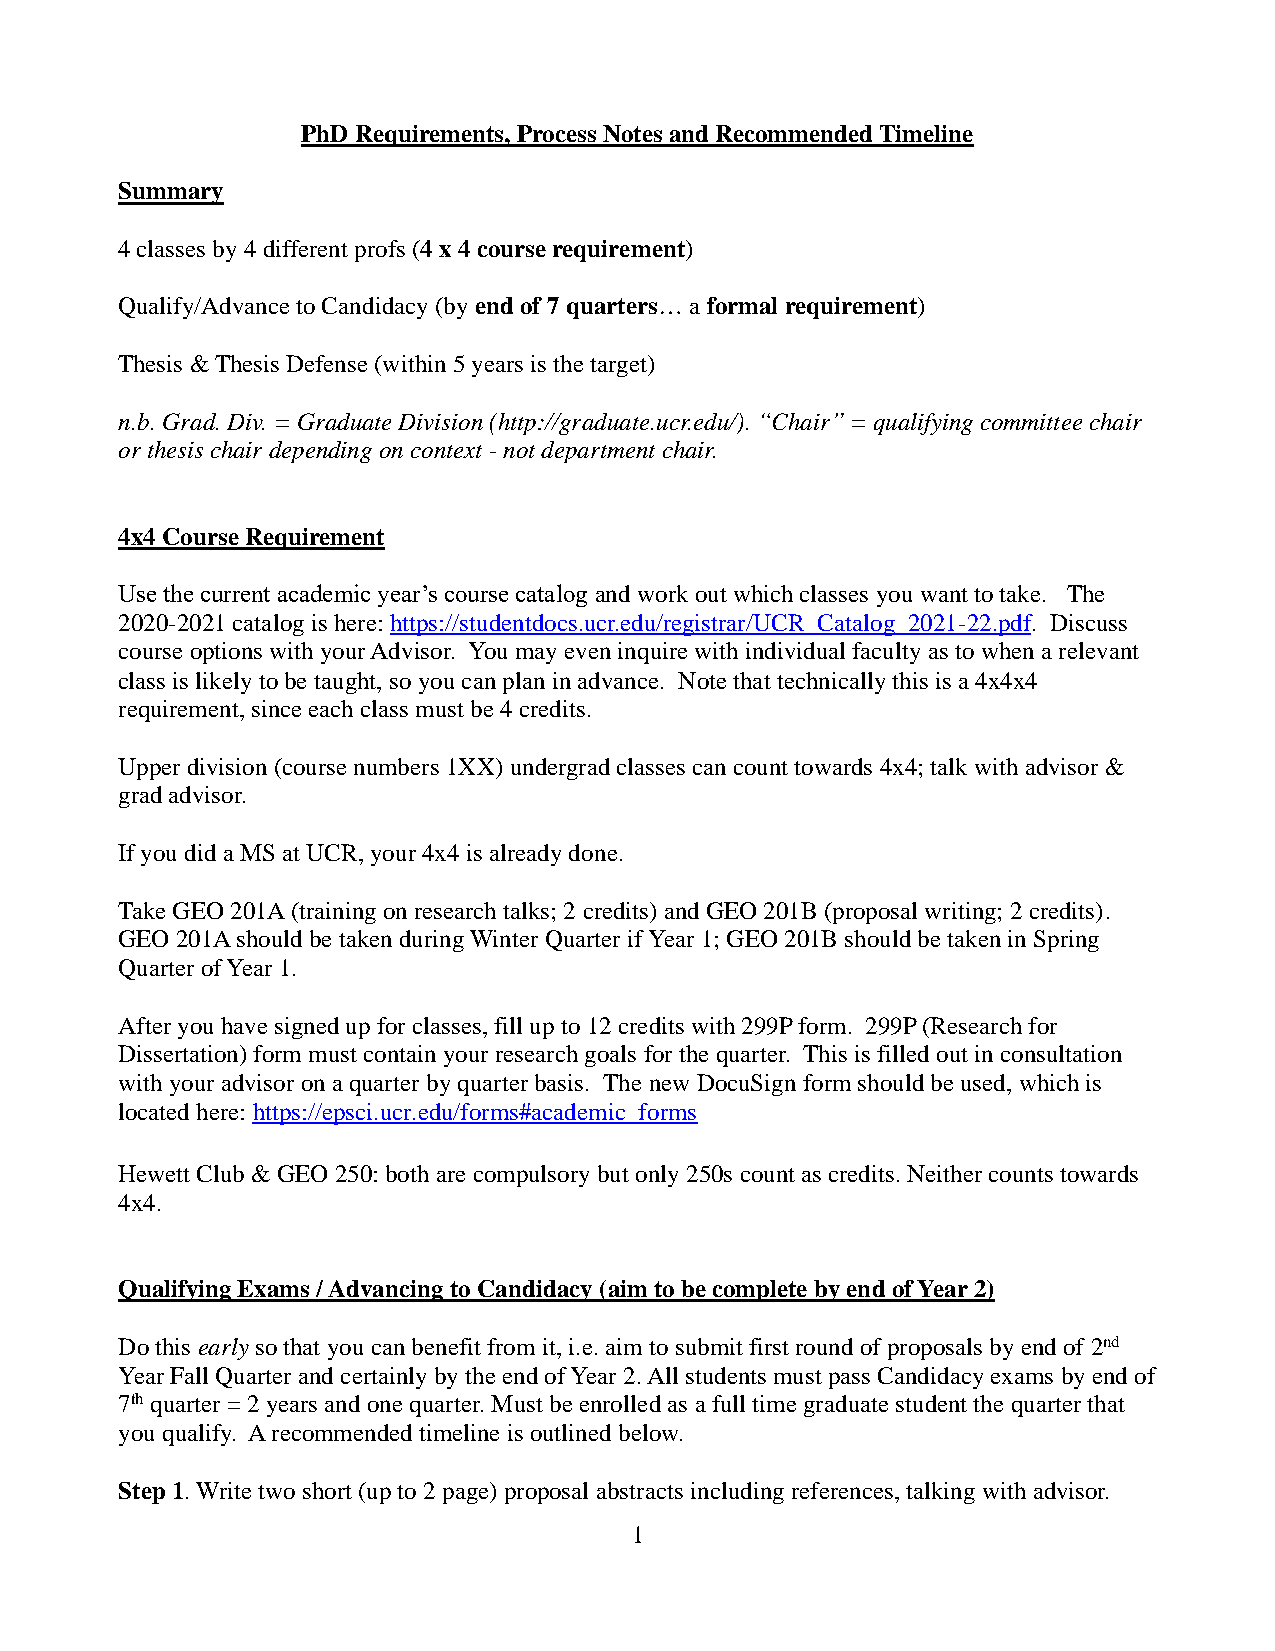
PhD Requirements, Process Notes and Recommended Timeline
 Summary
 4 classes by 4 different profs (4 x 4 course requirement)
 Qualify/Advance to Candidacy (by end of 7 quarters… a formal requirement)
 Thesis & Thesis Defense (within 5 years is the target)
 n.b. Grad. Div. = Graduate Division (http://graduate.ucr.edu/). “Chair” = qualifying committee chair
 or thesis chair depending on context - not department chair.
 4x4 Course Requirement
 Use the current academic year’s course catalog and work out which classes you want to take. The
 2020-2021 catalog is here: https://studentdocs.ucr.edu/registrar/UCR_Catalog_2021-22.pdf. Discuss
 course options with your Advisor. You may even inquire with individual faculty as to when a relevant
 class is likely to be taught, so you can plan in advance. Note that technically this is a 4x4x4
 requirement, since each class must be 4 credits.
 Upper division (course numbers 1XX) undergrad classes can count towards 4x4; talk with advisor &
 grad advisor.
 If you did a MS at UCR, your 4x4 is already done.
 Take GEO 201A (training on research talks; 2 credits) and GEO 201B (proposal writing; 2 credits).
 GEO 201A should be taken during Winter Quarter if Year 1; GEO 201B should be taken in Spring
 Quarter of Year 1.
 After you have signed up for classes, fill up to 12 credits with 299P form. 299P (Research for
 Dissertation) form must contain your research goals for the quarter. This is filled out in consultation
 with your advisor on a quarter by quarter basis. The new DocuSign form should be used, which is
 located here: https://epsci.ucr.edu/forms#academic_forms
 Hewett Club & GEO 250: both are compulsory but only 250s count as credits. Neither counts towards
 4x4.
 Qualifying Exams / Advancing to Candidacy (aim to be complete by end of Year 2)
 Do this early so that you can benefit from it, i.e. aim to submit first round of proposals by end of 2nd
 Year Fall Quarter and certainly by the end of Year 2. All students must pass Candidacy exams by end of
 7th quarter = 2 years and one quarter. Must be enrolled as a full time graduate student the quarter that
 you qualify. A recommended timeline is outlined below.
 Step 1. Write two short (up to 2 page) proposal abstracts including references, talking with advisor.
 1